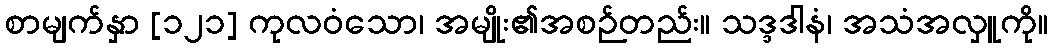
စာမျက်နှာ [၁၂၁] ကုလဝံသော၊ အမျိုး၏အစဉ်တည်း။ သဒ္ဒဒါနံ၊ အသံအလှူကို။